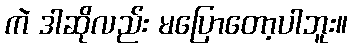
ကဲ ဒါဆိုလည်း မပြောတော့ပါဘူး။